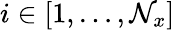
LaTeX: i\in[1,\dots,\mathcal{N}_{x}]